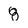
Character: 8